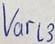
Text: Varl3